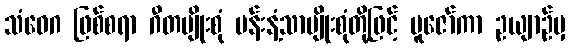
သံဝေဂ ဖြစ်စရာ ဂီတမျိုးစုံ ပန်းနံ့သာမျိုးစုံတို့ဖြင့် ပူဇော်ကာ ဥယျာဉ်မှ